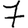
Digit: 7